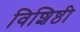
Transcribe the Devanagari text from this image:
विशिष्ठी